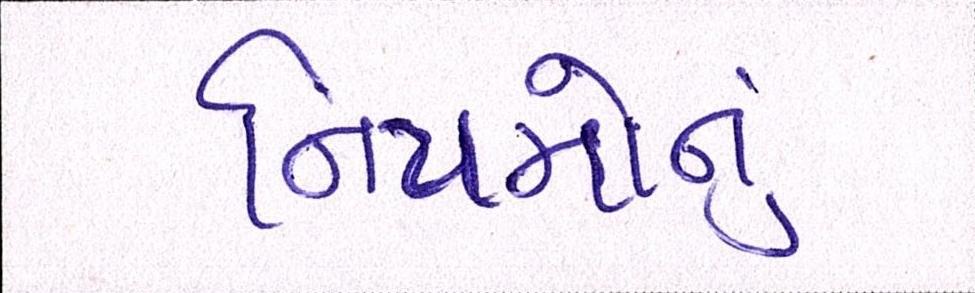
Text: નિયમોનું